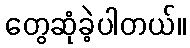
တွေဆုံခဲ့ပါတယ်။